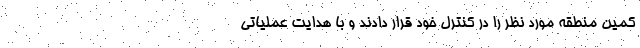
کمین منطقه مورد نظر را در کنترل خود قرار دادند و با هدایت عملیاتی